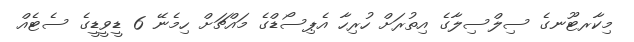
މިކާރޓޫނގެ ސިލްސިލާގެ އިތުރަށް ހުރިހާ އެޕިސޯޑްގެ މައްޗަށް ހިމެނޭ 6 ޑީވީޑީގެ ސެޓެއް